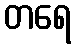
တရေ